Vaccination in Bombay 1869-1873 - 1869-1873
Year: 1869
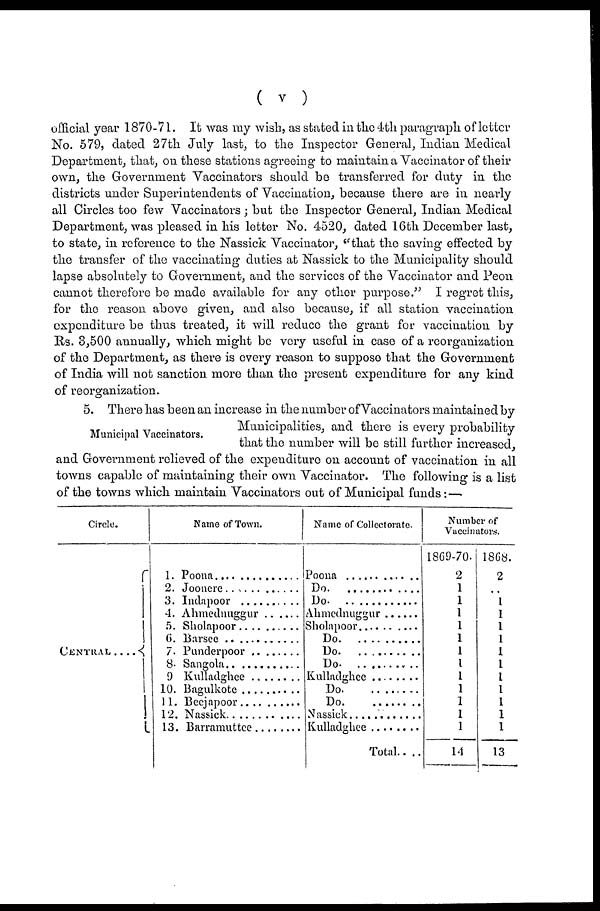
( v )
official year 1870-71. It was my wish, as stated in the 4th paragraph, of letter
No. 579, dated 27th July last, to the Inspector General, Indian Medical
Department, that, on these stations agreeing to maintain a Vaccinator of their
own, the Government Vaccinators should be transferred for duty in the
districts under Superintendents of Vaccination, because there are in nearly
all Circles too few Vaccinators; but the Inspector General, Indian Medical
Department, was pleased in his letter No. 4520, dated 16th December last,
to state, in reference to the Nassick Vaccinator, "that the saving effected by
the transfer of the vaccinating duties at Nassick to the Municipality should
lapse absolutely to Government, and the services of the Vaccinator and Peon
cannot therefore be made available for any other purpose." I regret this,
for the reason above given, and also because, if all station vaccination
expenditure be thus treated, it will reduce the grant for vaccination by
Rs. 3,500 annually, which might be very useful in case of a reorganization
of the Department, as there is every reason to suppose that the Government
of India will not sanction more than the present expenditure for any kind
of reorganization.
Municipal Vaccinators.
5. There has been an increase in the number of Vaccinators maintained by
Municipalities, and there is every probability
that the number will be still further increased,
and Government relieved of the expenditure on account of vaccination in all
towns capable of maintaining their own Vaccinator. The following is a list
of the towns which maintain Vaccinators out of Municipal funds : —
Circle.
CENTRAL
....
Name of Town.
1. Poona ...........
2. Joonere .........
3. Indapoor ..........
4. Ahmednuggur .......
5. Sholapoor .............
6. Barsee ............
7. Punderpoor ............
8. Sangola ..............
9. Kulladghee ...........
10. Bagulkote ..........
11. Becjapoor ............
12. Nassick .............
13. Barramuttee .......
Name of Collectorate.
Poona ............
Do. ..........
Do
Ahmednuggur .........
Sholapoor ............
Do
Do.
Do.
Kulladghee ..........
Do
Do
Nassick ...............
Kulladghee ..........
Total.. ..
Number of
Vaccinators.
1869-70.
2
1
1
1
1
1
1
1
1
1
1
1
1
14
1868.
2
..
1
1
1
1
1
1
1
1
1
1
1
13